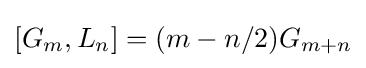
[G_{m},L_{n}]=(m-n/2)G_{m+n}